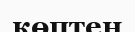
көптен